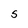
Character: S